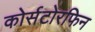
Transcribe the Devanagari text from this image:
कोर्सटोरफिन